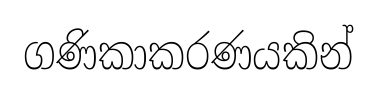
ගණිකාකරණයකින්